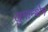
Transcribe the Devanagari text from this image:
खुमान्थेम